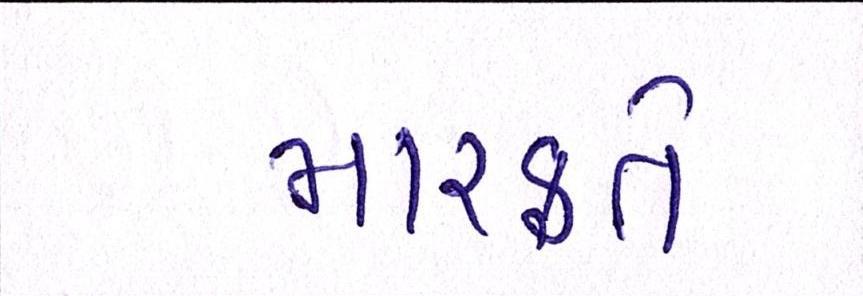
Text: મારફતે